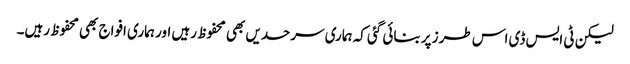
لیکن ٹی ایس ڈی اس طرز پر بنائی گئی کہ ہماری سرحدیں بھی محفوظ رہیں اور ہماری افواج بھی محفوظ رہیں۔